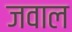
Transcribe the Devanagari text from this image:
जवाल